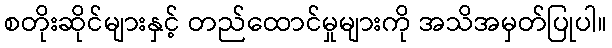
စတိုးဆိုင်များနှင့် တည်ထောင်မှုများကို အသိအမှတ်ပြုပါ။